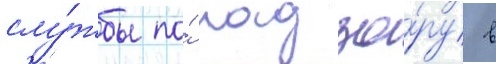
слу́жбы по́ надзо́ру в